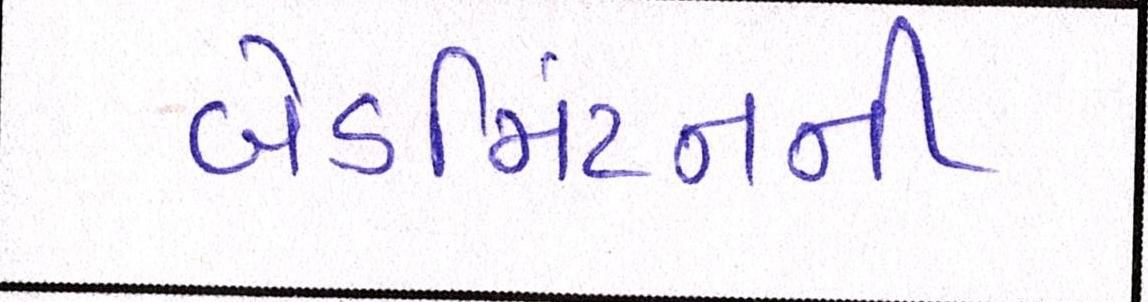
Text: બેડમિંટનની